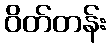
ဝိတ်တန်း